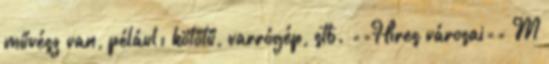
művész van, pélául: kötőtű, varrógép, stb. ==Híres városai== M